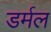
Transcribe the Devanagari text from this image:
डर्मल